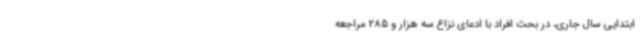
ابتدایی سال جاری، در بحث افراد با ادعای نزاع سه هزار و 285 مراجعه